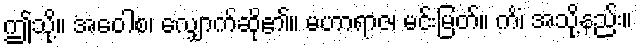
ဤသို့။ အဝေါစ၊ လျှောက်ဆို၏။ မဟာရာဇ၊ မင်းမြတ်။ ကိံ၊ အသို့နည်း။